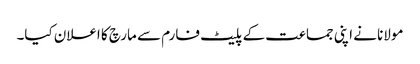
مولانا نے اپنی جماعت کے پلیٹ فارم سے مارچ کا اعلان کیا۔